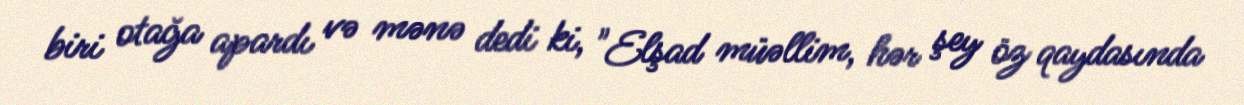
biri otağa apardı və mənə dedi ki, "Elşad müəllim, hər şey öz qaydasında